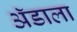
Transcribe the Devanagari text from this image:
ॲडाला